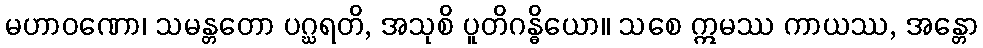
မဟာဝဏော၊ သမန္တတော ပဂ္ဃရတိ, အသုစိ ပူတိဂန္ဓိယော။ သစေ ဣမဿ ကာယဿ, အန္တော